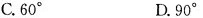
C.60° D.90°